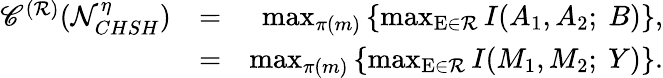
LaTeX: \begin{array}{rlr}{\mathscr{C}^{(\mathcal{R})}(\mathcal{N}_{CHSH}^{\eta})}&{=}&{\operatorname*{max}_{\pi(m)}\left\{ \operatorname*{max}_{\mathrm{E}\in\mathcal{R}}I(A_{1},A_{2};~B)\right\} ,}\\ &{=}&{\operatorname*{max}_{\pi(m)}\left\{ \operatorname*{max}_{\mathrm{E}\in\mathcal{R}}I(M_{1},M_{2};~Y)\right\} .}\end{array}